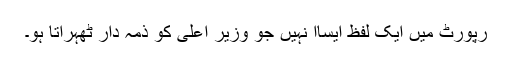
رپورٹ میں ایک لفظ ایساا نہیں جو وزیرِ اعلیٰ کو ذمہ دار ٹھہراتا ہو۔